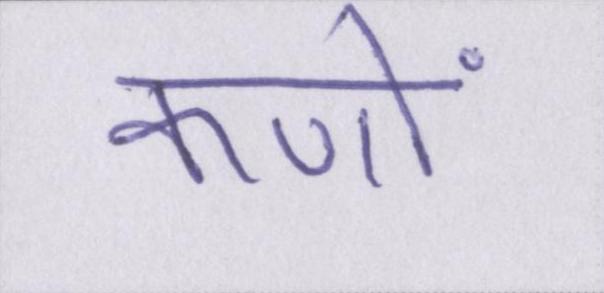
कणों